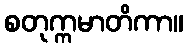
စတုက္ကမာတိကာ။